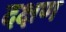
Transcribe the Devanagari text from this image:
दक्षण